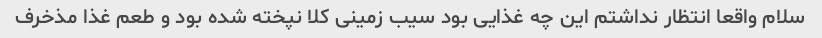
سلام واقعا انتظار نداشتم این چه غذایی بود سیب زمینی کلا نپخته شده بود و طعم غذا مذخرف